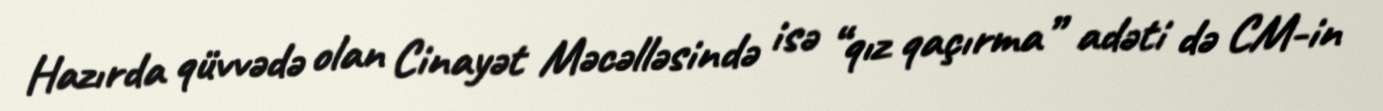
Hazırda qüvvədə olan Cinayət Məcəlləsində isə “qız qaçırma” adəti də CM-in